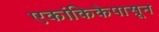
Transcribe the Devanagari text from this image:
एकांकिकेपासून